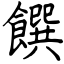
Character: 饌